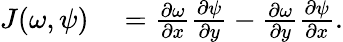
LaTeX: \begin{array}{rl}{J(\omega,\psi)}&{{}=\frac{\partial\omega}{\partial x}\frac{\partial\psi}{\partial y}-\frac{\partial\omega}{\partial y}\frac{\partial\psi}{\partial x}.}\end{array}